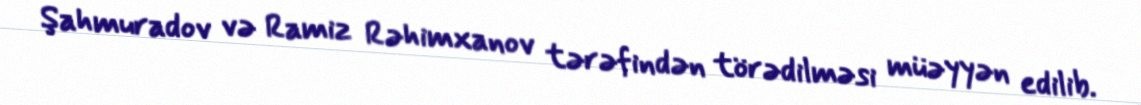
Şahmuradov və Ramiz Rəhimxanov tərəfindən törədilməsi müəyyən edilib.